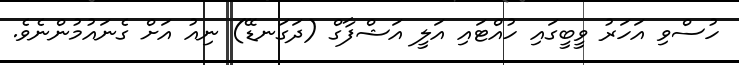
ހުސްވި އަހަރު ވީބީގައި ހުއްޓައި އަލީ އަޝްފާގް (ދަގަނޑޭ) ނިއު އަށް ގެނައުމުންނެވެ.